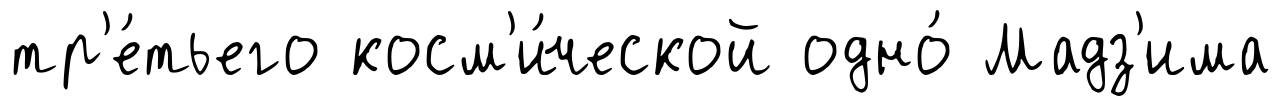
тр'е́тьего косм'и́ческой одно́ Мадз'има